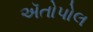
ઍતોપોલ